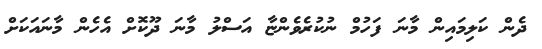
ދެން ކަލިމައިން މާނަ ފަހުމް ނުކުރެވެންޏާ އަސްލު މާނަ ދޫކޮށް އެހެން މާނައަކަށް